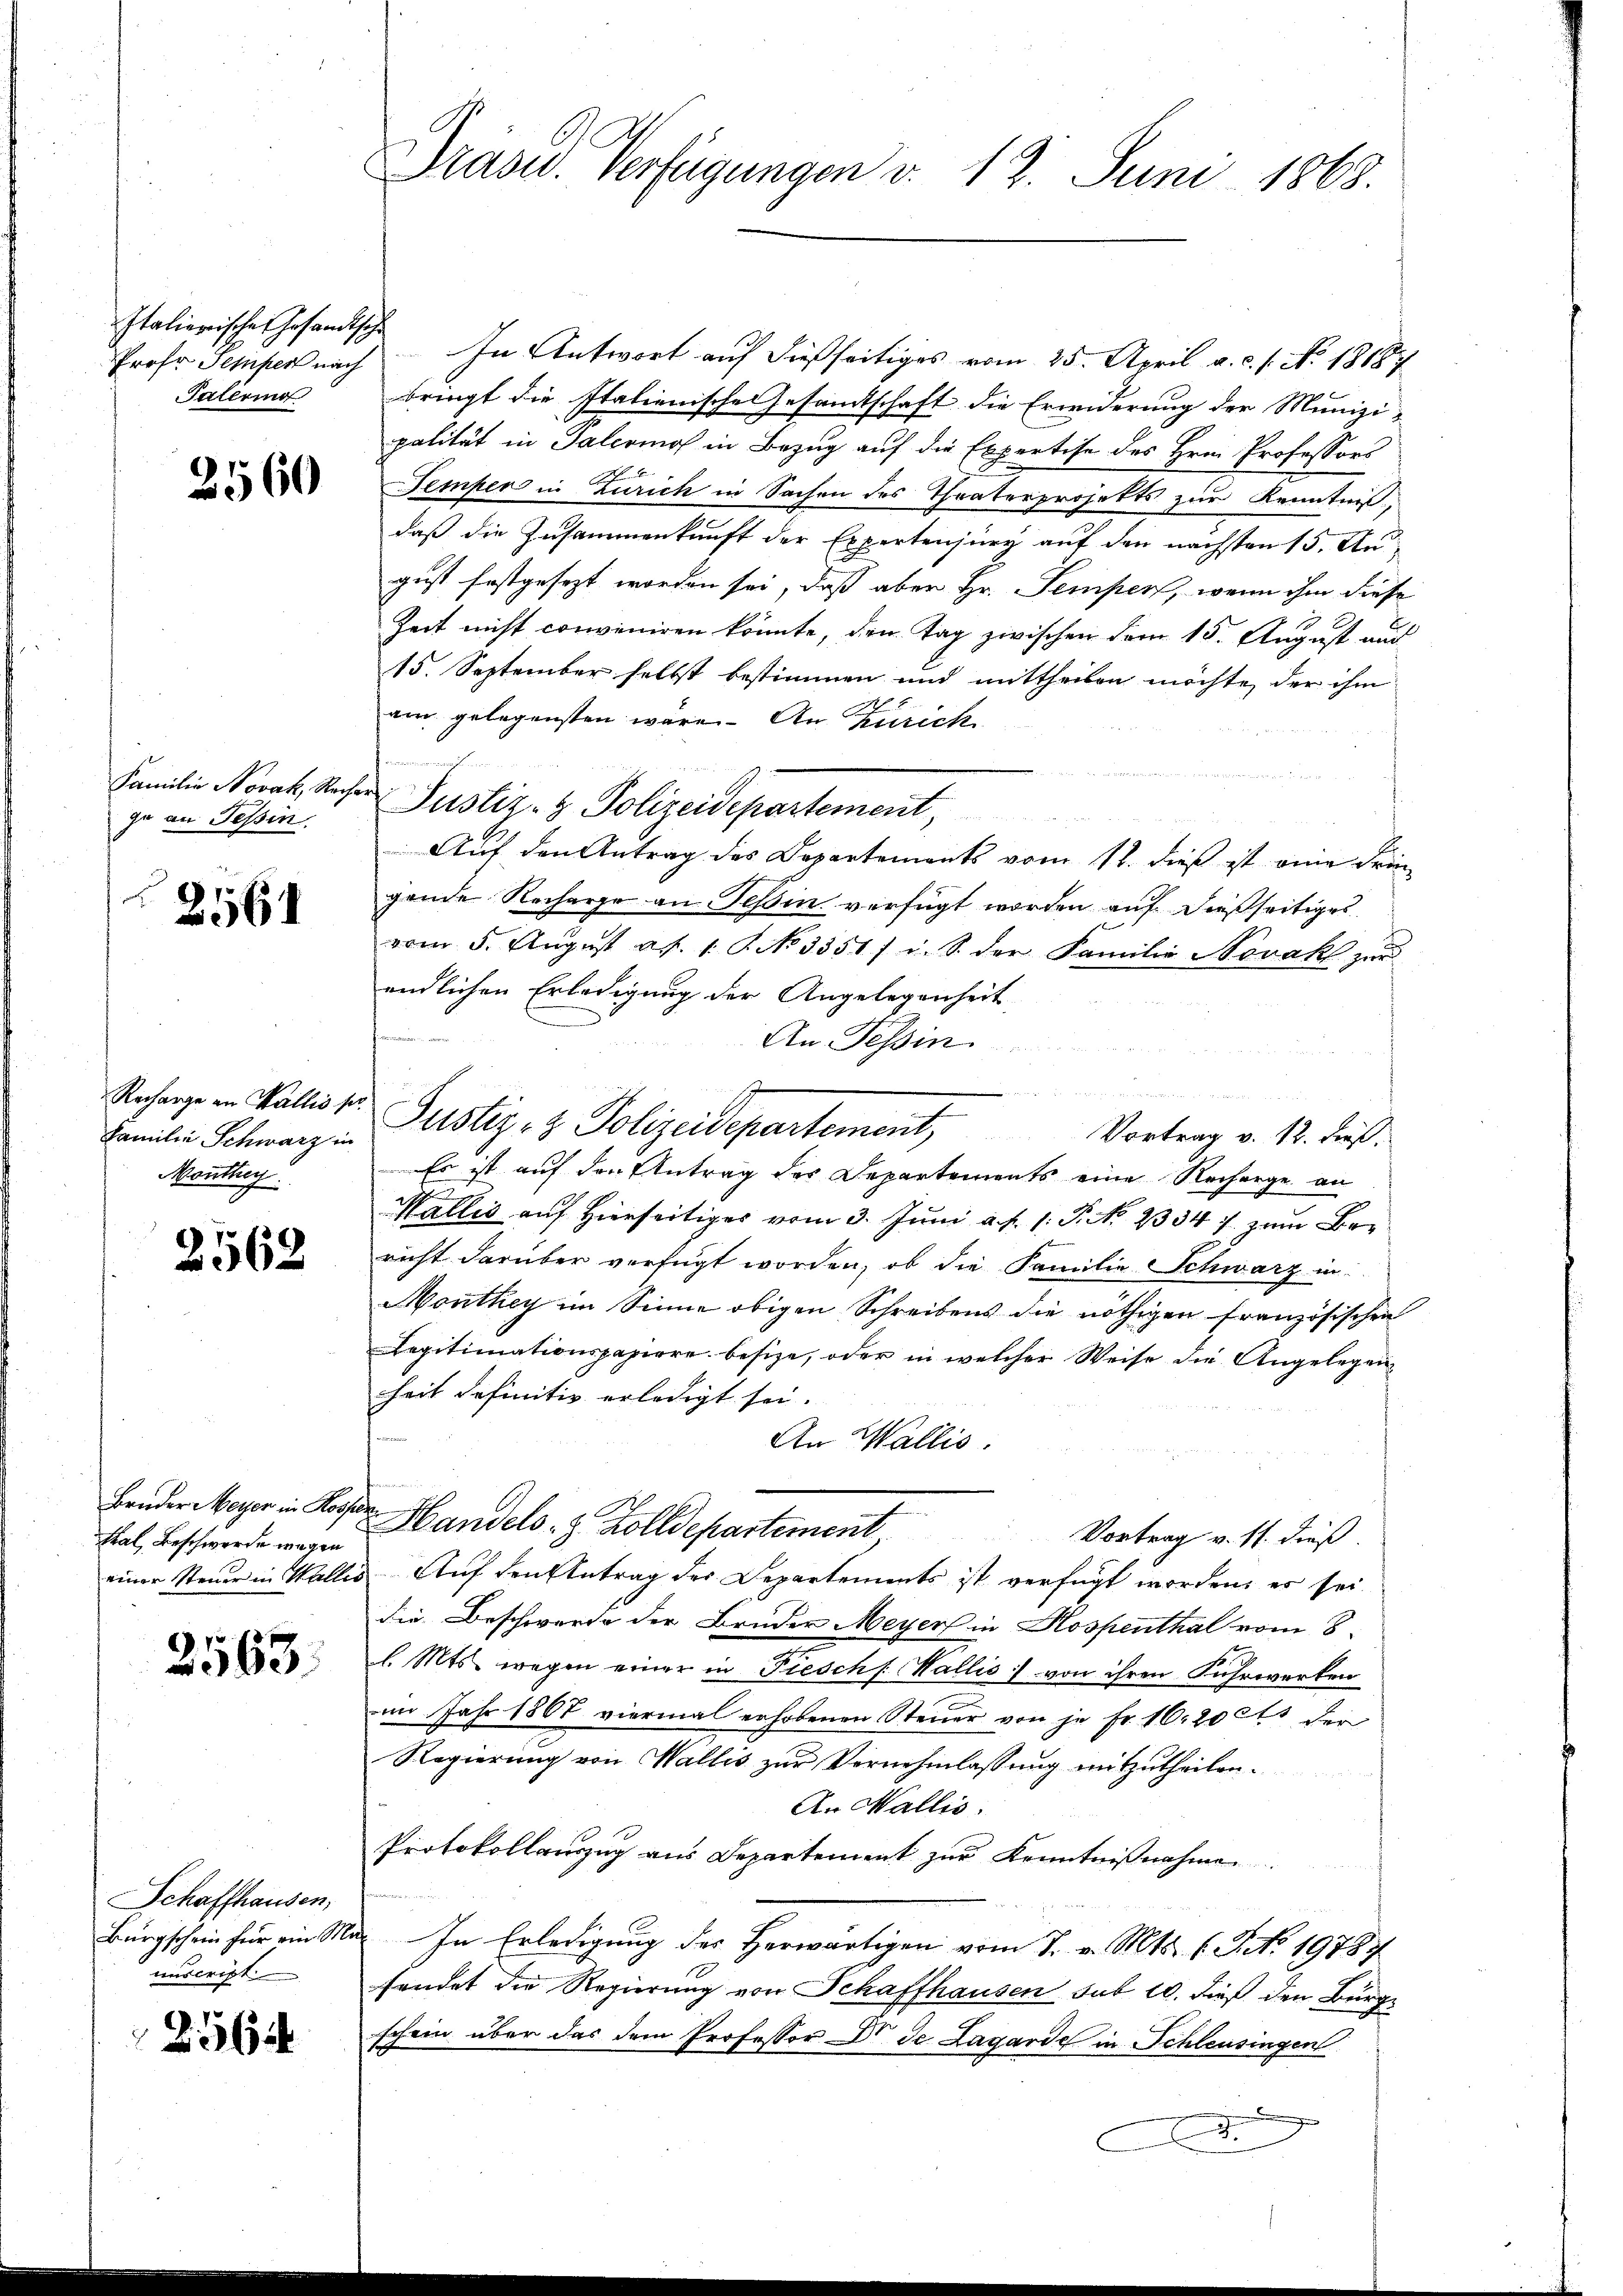
Italierischen Gesandtsche
Prof. Sempert nach
Patering

2560

Familie Novak, Recht
ge an Tessin.

2561

Recharge an Wallis se
Familie Schwarz in
Monthey

2562

Bruder Meyer in Rosse
tal, Beschwerde wegen
einer Steuer in Waller

2563

Schaffhausen,
Bürgschein für ein Me
unscript

2564

Präsid. Verfügungen d. 13. Juni 1868.

In Antwort auf dießseitiges vom 25. April a. c. s. No. 1818.
bringt die Italienische Gesandtschaft die Erwiderung der Munizi-
palität in Palerinos in Bezug auf die Expertise des Hrn. Professors
Temper in Zürich in Sachen des Theaterprojekts zur Kenntniß,
daß die Zusammenkunft der Expertensurg auf den nächsten 15. Au
gust festgesezt worden sei, daß aber Hr. Semper, wenn ihm diese
Zeit nicht conveniren könnte, den Tag zwischen dem 15. August auf
15. September selbst bestimmen und mittheilen möchte, der ihm
am gelegensten wäre. An Zürich
Justiz- & Polizeidepartement
Aŭf den Antrag des Departements vom 12. dieß ist eine drin-
gende Recharge an Teßin verfügt worden auf dießseitiges
vom 5. Aŭgŭst ad 1. P. No. 3351/ i. S. der Familie Novakl zur
endlichen Erledigung der Angelegenheit
An Tessin
und
Justiz- & Polizeidepartement,
Vortrag v. 12. dieß.
Es ist auf den Antrag des Departements eine Rechenge an
.
Wallis auf Hierseits vom 3. Juni a. f. 1. P. No. 2334 f. zum Bericht darüber verfügt worden, ob die Familie Schwarz in
Monthey im Sinne obigen Schreibens die nöthigen französischen
Legitimationspapiere besize, oder in welcher Weise die Angelegenheit definitiv erledigt sei. |
An Wallis.
Handels- & Zolldepartement,
Vortrag v. 17. dieß.
Auf den Antrag des Departements ist verfügt worden, es sei
die Beschwerde der Brüder Meyer in Kospenthal vom 8.
l. Mts. wegen einer in Fieschs. Wallis :/ von ihren Fuhrwerken
aim Jahr 1867 viermal erhobenen Steŭer von je Fr. 16. 200 der
Regierung von Wallis zur Vornehmlassung mitzutheilen.
An Wallis.
Protokollauszug aus Departement zur Kenntnißnahmen.
In Erledigung des Herwärtigen vom 7. v. Mts. l. S. 19787
fendet die Regierung von Schaffhausen sub 10. dieß den Bürg
schein über das dem Professor Dr. de Lagarde in Schleusingen
.